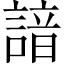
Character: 諳